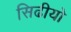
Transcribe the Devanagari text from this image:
सिढीयो